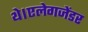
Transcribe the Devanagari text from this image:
थे।एलेगजेंडर